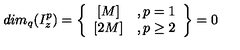
d i m _ { q } ( I _ { z } ^ { p } ) = \left\{ \begin{array} { c c } { { [ M ] } } & { , p = 1 } \\ { { [ 2 M ] } } & { , p \geq 2 } \\ \end{array} \right\} = 0